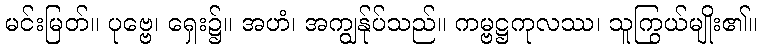
မင်းမြတ်။ ပုဗ္ဗေ၊ ရှေး၌။ အဟံ၊ အကျွန်ုပ်သည်။ ကမ္ဗဋ္ဌကုလဿ၊ သူကြွယ်မျိုး၏။